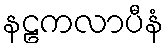
နဠကလာပီနံ